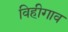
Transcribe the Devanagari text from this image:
विहीगाव